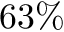
6 3 \%